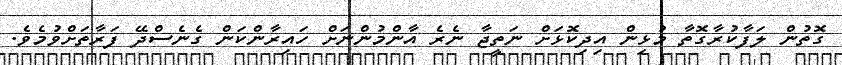
ގޮތުން ލަފާކުރާގޮތާ މުޅިން އިދިކޮޅަށް ނަތީޖާ ނެރެ އާންމުންނަށް ހައިރާންކަން ގެނެސްދޭ ފަރާތަށްވުމެވެ.